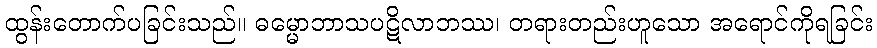
ထွန်းတောက်ပခြင်းသည်။ ဓမ္မောဘာသပဋိလာဘဿ၊ တရားတည်းဟူသော အရောင်ကိုရခြင်း